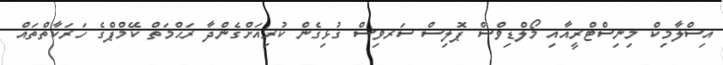
އިސްލާމިކް މިނިސްޓްރީއާއި މޯލްޑިވްސް ޕޮލިސް ސަރވިސް ގުޅިގެން ކުރިއަށްގެންދާ ރަޙްމަތް ކޭމްޕްގެ ހަރަކާތްތައް